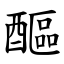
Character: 醧